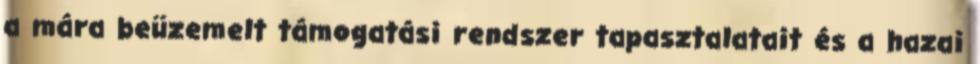
a mára beüzemelt támogatási rendszer tapasztalatait és a hazai